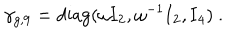
\gamma _ { g , 9 } = { \mathrm { d i a g } } ( \omega { \bf I } _ { 2 } , \omega ^ { - 1 } { \bf I } _ { 2 } , { \bf I } _ { 4 } ) ~ .